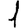
Digit: 1